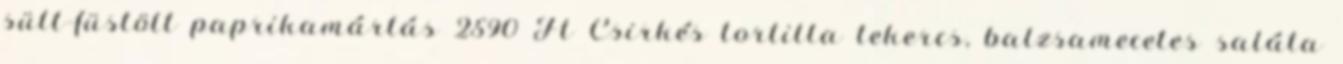
sült-füstölt paprikamártás 2590 Ft Csirkés tortilla tekercs, balzsamecetes saláta